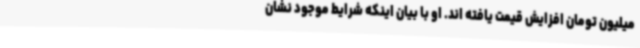
میلیون تومان افزایش قیمت یافته اند. او با بیان اینکه شرایط موجود نشان